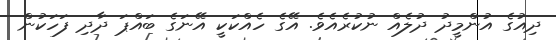
ދިއުގެ އުންމީދު ދުލެއް ނުކުރެއެވެ. އޭގެ ހެއްކަކީ އޭނަގެ ބައްޕަ ދާދި ފަހަކުން